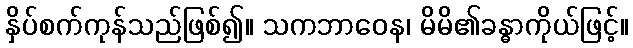
နှိပ်စက်ကုန်သည်ဖြစ်၍။ သကဘာဝေန၊ မိမိ၏ခန္ဓာကိုယ်ဖြင့်။